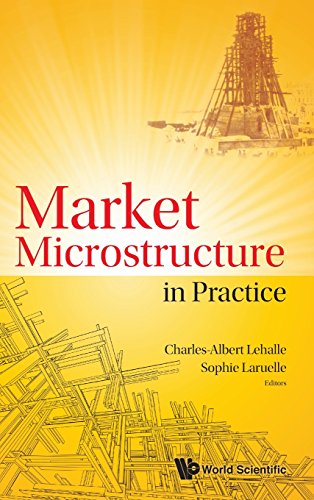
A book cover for Market Microstructure in Practice; Charles-Albert Lehalle; Business & Money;